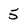
Character: 5